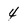
Character: 4